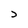
Character: D